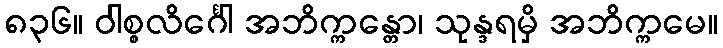
၈၃၆။ ဝါစ္စလိင်္ဂေါ အဘိက္ကန္တော၊ သုန္ဒရမှိ အဘိက္ကမေ။